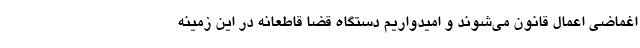
اغماضی اعمال قانون می‌شوند و امیدواریم دستگاه قضا قاطعانه در این زمینه